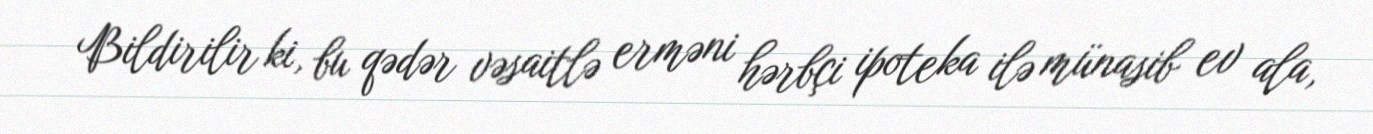
Bildirilir ki, bu qədər vəsaitlə erməni hərbçi ipoteka ilə münasib ev ala,